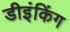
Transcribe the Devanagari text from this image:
डीइंकिंग